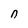
Character: n